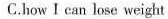
C.how I can lose weight